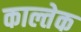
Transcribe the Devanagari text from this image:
काल्तेक